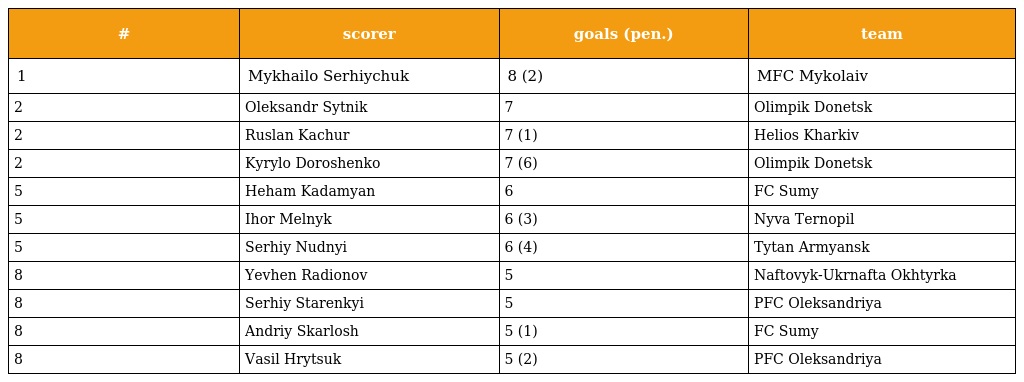
| # | scorer | goals (pen.) | team |
 | --- | --- | --- | --- |
 | 1 | Mykhailo Serhiychuk | 8 (2) | MFC Mykolaiv |
 | 2 | Oleksandr Sytnik | 7 | Olimpik Donetsk |
 | 2 | Ruslan Kachur | 7 (1) | Helios Kharkiv |
 | 2 | Kyrylo Doroshenko | 7 (6) | Olimpik Donetsk |
 | 5 | Heham Kadamyan | 6 | FC Sumy |
 | 5 | Ihor Melnyk | 6 (3) | Nyva Ternopil |
 | 5 | Serhiy Nudnyi | 6 (4) | Tytan Armyansk |
 | 8 | Yevhen Radionov | 5 | Naftovyk-Ukrnafta Okhtyrka |
 | 8 | Serhiy Starenkyi | 5 | PFC Oleksandriya |
 | 8 | Andriy Skarlosh | 5 (1) | FC Sumy |
 | 8 | Vasil Hrytsuk | 5 (2) | PFC Oleksandriya |